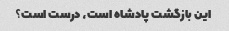
این بازگشت پادشاه است، درست است؟